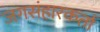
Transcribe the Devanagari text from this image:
जगसंहारकर्ता